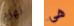
نهزم هي